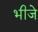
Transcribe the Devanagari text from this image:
भीजे